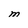
Character: M